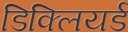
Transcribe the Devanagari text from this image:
डिक्लियर्ड